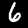
Label: 6